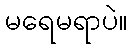
မရေမရာပဲ။